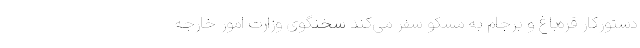
دستورکار قره‌باغ و برجام به مسکو سفر می‌کند سخنگوی وزارت امور خارجه